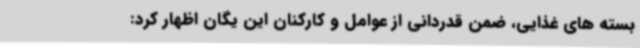
بسته های غذایی، ضمن قدردانی از عوامل و کارکنان این یگان اظهار کرد: